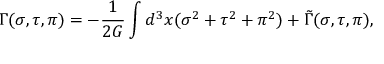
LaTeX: \Gamma ( \sigma , \tau , \pi ) = - \frac { 1 } { 2 G } \int d ^ { 3 } x ( \sigma ^ { 2 } + \tau ^ { 2 } + \pi ^ { 2 } ) + \tilde { \Gamma } ( \sigma , \tau , \pi ) ,